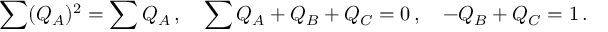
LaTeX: \sum ( Q _ { A } ) ^ { 2 } = \sum Q _ { A } \, , \quad \sum Q _ { A } + Q _ { B } + Q _ { C } = 0 \, , \quad - Q _ { B } + Q _ { C } = 1 \, .